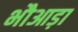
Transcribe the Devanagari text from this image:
भौआड़ा